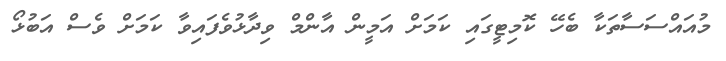
މުއައްސަސާތަކާ ބެހޭ ކޮމިޓީގައި ކަމަށް އަމީން އާންމް ވިދާޅުވެފައިވާ ކަމަށް ވެސް އަބުޅޯ